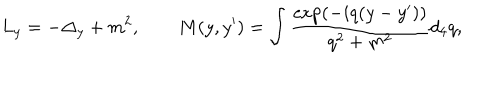
LaTeX: L _ { y } = - \Delta _ { y } + m ^ { 2 } , \qquad M ( y , y ^ { \prime } ) = \int \frac { \exp ( - i q ( y - y ^ { \prime } ) ) } { q ^ { 2 } + m ^ { 2 } } d _ { 4 } q ,